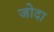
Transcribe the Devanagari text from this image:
जोदा